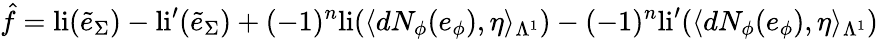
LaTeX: \hat{f}=\mathrm{li}(\tilde{e}_{\Sigma})-\mathrm{li}^{\prime}(\tilde{e}_{\Sigma})+(-1)^{n}\mathrm{li}(\langle dN_{\phi}(e_{\phi}),\eta\rangle_{\Lambda^{1}})-(-1)^{n}\mathrm{li}^{\prime}(\langle dN_{\phi}(e_{\phi}),\eta\rangle_{\Lambda^{1}})